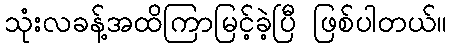
သုံးလခန့်အထိကြာမြင့်ခဲ့ပြီ ဖြစ်ပါတယ်။